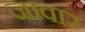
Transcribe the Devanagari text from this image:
जावार